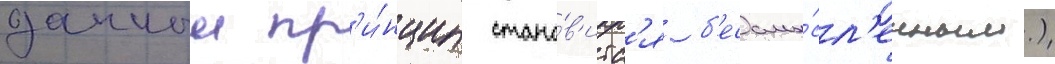
данныи пр'и́нцип стано́в'итс'я б'ессмы́сл'енным.)